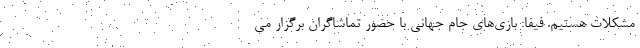
مشکلات هستیم. فیفا: بازی‌های جام جهانی با حضور تماشاگران برگزار می